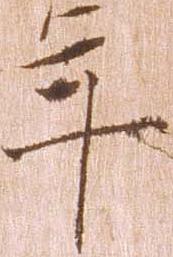
年